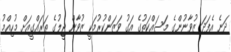
ދަނެ އެފަދަ ޒުވާނުންގެ މަސައްކަތުގެ އަގު ވަޒަންކުރުމަކީ ޒުވާން ޖީލުގެ ތަރައްގީއަށް މުހިއްމު